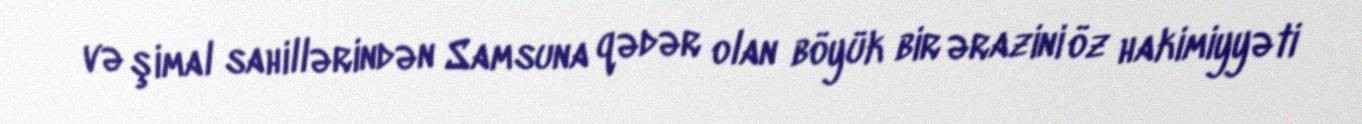
və şimal sahillərindən Samsuna qədər olan böyük bir ərazini öz hakimiyyəti